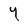
Character: Y